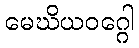
မေဃိယဝဂ္ဂေါ